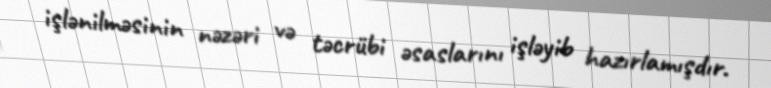
işlənilməsinin nəzəri və təcrübi əsaslarını işləyib hazırlamışdır.